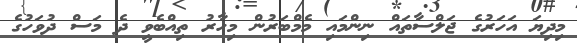
މިދިޔަ އަހަރުގެ ޖަލްސާތައް ނިންމައި މެމްބަރުން މިހާރު ތިއްބެވީ ދެ މަސް ދުވަހުގެ